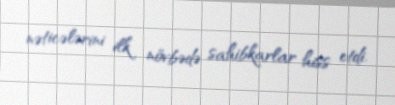
nəticələrini ilk növbədə sahibkarlar hiss etdi.